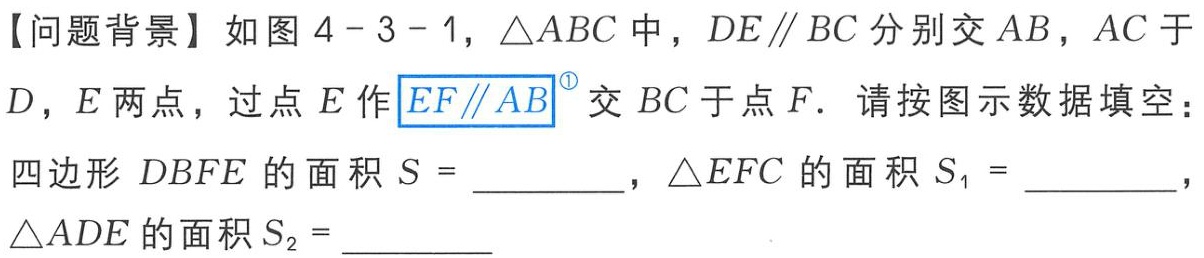
【问题背景】如图 4 - 3 - 1，$\triangle ABC$中，$DE\parallel BC$分别交$AB$，$AC$于$D$，$E$两点，过点$E$作$EF\parallel AB^{\circled{1}}$交$BC$于点$F$．请按图示数据填空：

四边形$DBFE$的面积$S =$__________，$\triangle EFC$的面积$S_{1} =$__________，$\triangle ADE$的面积$S_{2} =$__________